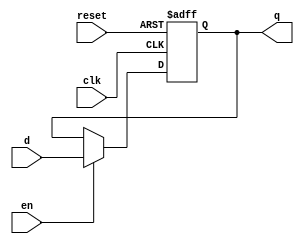
module parameterized_register #(
    parameter N = 8  // Default parameter for bit-width (can be overridden during instantiation)
) (
    input wire clk,      // Clock signal
    input wire reset,    // Asynchronous reset signal
    input wire [N-1:0] d, // Input data signal (n-bit value)
    input wire en,       // Enable signal
    output reg [N-1:0] q // Output data signal (n-bit value)
);

    // Asynchronous reset and register update logic
    always @(posedge clk or posedge reset) begin
        if (reset) begin
            q <= {N{1'b0}}; // Reset output to zero (or configurable default)
        end else if (en) begin
            q <= d; // Update output with input data when enabled
        end
        // If reset is not active and enable is low, retain previous value of q
    end

endmodule